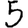
Digit: 5